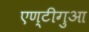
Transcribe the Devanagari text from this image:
एण्टीगुआ